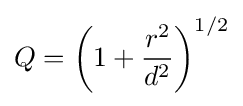
Q=\left(1+{\frac {r^{2}}{d^{2}}}\right)^{1/2}